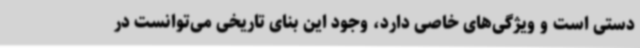
دستی است و ویژگی‌های خاصی دارد، وجود این بنای تاریخی می‌توانست در